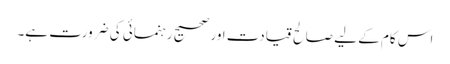
اس کام کے لیے صالح قیادت اور صحیح رہنمائی کی ضرورت ہے۔